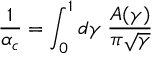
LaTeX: { \frac { 1 } { \alpha _ { c } } } = \int _ { 0 } ^ { 1 } d \gamma \; { \frac { A ( \gamma ) } { \pi \sqrt \gamma } }